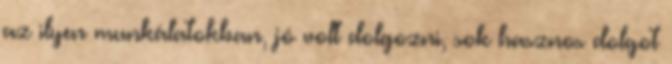
az ilyen munkálatokban, jó volt dolgozni, sok hasznos dolgot